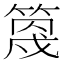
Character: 𥯣